Lunatic asylums Bombay report 1891-1903 - 1891-1903
Year: 1891
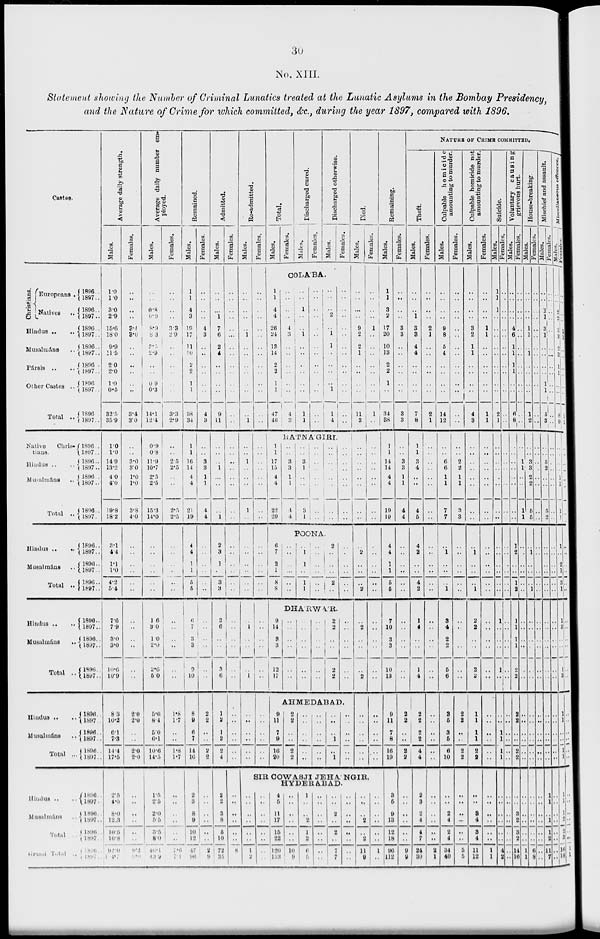
30
No. XIII.
Statement showing the Number of Criminal Lunatics treated at the Lunatic Asylums in the Bombay Presidency,
and the Nature of Crime for which committed, &c., during the year 1897, compared with 1896.
Castes.
Christians.
Europeans ..
Natives ..
Hindus ...
..
Musalmáns ..
Pársis .. ..
Other Castes ..
Total ..
Native
Chris-
tians.
Hindus .. ..
Muslmáns ..
Total ..
Hindus .. ..
Musalmáns ..
Total ..
Hindus .. ..
Musalmáns ..
Total ..
Hindus .. ..
Musalmáns ..
Total ...
Hindus .. ..
Musalmáns ..
Total ..
Grand
Total
..
1896 ..
1897 ..
1896 ..
1897 ..
1896 ..
1897 ..
1896 ..
1897 ..
1896 ..
1897 ..
1896 ..
1897 ..
1896 ..
1897 ..
1896 ..
1897 ..
1896 ..
1897 ..
1896 ..
1897 ..
1896 ..
1897 ..
1896 ..
1897 ..
1896 ..
1897 ..
1896 ..
1897 ..
1896 ..
1897 ..
1896 ..
1897 ..
1896 ..
1897 ..
1896 ..
1897 ..
1896 ..
1897 ..
1896 ..
1897 ..
1896 ..
1897 ..
1896 ..
1897 ..
1896 ..
1897 ..
1896 ..
1897 ..
Average daily strength.
Males.
1.0
1.0
3.0
2.9
15.6
18.0
9.9
11.5
2.0
2.0
1.0
0.5
32.5
35.9
1.0
1.0
14.9
13.2
4.0
4.0
19.8
18.2
3.1
4.4
1.1
1.0
4.2
5.4
7.6
7.9
3.0
3.0
10.6
10.9
8.3
10.2
6.1
7.3
14.4
17.5
2.5
4.5
8.0
12.3
10.5
16.8
92.0
104.7
Females.
..
..
..
..
3.4
3.0
..
..
..
..
..
..
3.4
3.0
..
..
3.0
3.0
1.0
1.0
3.8
4.0
..
..
..
..
..
..
..
..
..
..
..
..
2.0
2.0
..
..
2.0
2.0
..
..
..
..
..
..
9.2
9.0
Average daily number em-
ployed.
Males.
..
..
0.8
0.9
8.9
8.3
3.5
2.9
..
..
0.9
0.3
14.1
12.4
0.9
0.8
11.9
10.7
2.5
2.5
15.3
14.0
..
..
..
..
..
..
1.6
3.0
1.0
2.0
2.6
5.0
5.6
8.4
5.0
6.1
10.6
14.5
1.5
2.5
2.0
5.5
3.5
8.0
46.1
43.9
Females.
..
..
..
..
3.3
2.9
..
..
..
..
..
..
3.3
2.9
..
..
2.5
2.5
..
..
2.5
2.5
..
..
..
..
..
..
..
..
..
..
..
..
1.8
1.7
..
..
1.8
1.7
..
..
..
..
..
..
7.6
7.1
Remained.
Males.
1
1
4
3
19
17
11
10
2
2
1
1
38
34
1
1
16
14
4
4
21
19
4
4
1
1
5
5
6
7
3
3
9
10
8
9
6
7
14
16
2
3
8
9
10
12
47
96
Females.
..
..
..
..
4
3
..
..
..
..
..
..
4
3
..
..
3
3
1
1
4
4
..
..
..
..
..
..
..
..
..
..
..
..
2
2
..
..
2
2
..
..
..
..
..
..
2
9
Admitted.
Males.
..
..
..
1
7
6
2
4
..
..
..
..
9
11
..
..
..
1
..
..
..
1
2
3
1
..
3
3
3
6
..
..
3
6
1
2
1
2
2
4
2
2
3
8
5
10
72
35
Females.
..
..
..
..
..
..
..
..
..
..
..
..
..
..
..
..
..
..
..
..
..
..
..
..
..
..
..
..
..
..
..
..
..
..
..
..
..
..
..
..
..
..
..
..
..
..
8
..
Re-admitted.
Males.
..
..
..
..
..
1
..
..
..
..
..
..
..
1
..
..
1
..
..
..
1
..
..
..
..
..
..
..
..
1
..
..
..
1
..
..
..
..
..
..
Females.
..
..
..
..
..
..
..
..
..
..
..
..
..
..
..
..
..
..
..
..
..
..
..
..
..
..
..
..
..
..
..
..
..
..
..
..
..
..
..
..
Total.
Males.
Females.
Discharged cured.
Males.
Females.
Discharged otherwise.
Males.
Females.
COLA'BA.
1
1
4
4
26
24
13
14
2
2
1
1
47
40
..
..
..
..
4
3
..
..
..
..
..
..
4
3
..
..
1
..
..
1
..
..
..
..
..
..
1
1
..
..
..
..
..
..
..
..
..
..
..
..
..
..
..
..
..
2
..
1
1
..
..
..
..
1
1
4
..
..
..
..
..
..
..
..
..
..
..
..
..
..
RATNA'GIRI.
1
1
17
15
4
4
22
20
..
..
3
3
1
1
4
4
..
..
3
1
..
..
3
1
..
..
..
..
..
..
..
..
..
..
..
..
..
..
..
..
..
..
..
..
..
..
..
..
POONA.
6
7
2
1
8
8
..
..
..
..
..
..
..
1
1
..
1
1
..
..
..
..
..
..
2
..
..
..
2
..
..
..
..
..
..
..
DHA'RWA'R.
9
14
3
3
12
17
..
..
..
..
..
..
..
..
..
..
..
..
..
..
..
..
..
..
2
2
..
..
2
2
..
..
..
..
..
..
AHMEDABAD.
9
11
7
9
16
20
2
2
..
..
2
..
..
..
..
..
..
..
..
..
..
..
..
..
..
..
..
1
..
1
..
..
..
..
..
..
Died.
Males.
..
..
..
..
9
2
2
1
..
..
..
..
11
3
..
..
..
..
..
..
..
..
..
2
..
..
..
2
..
2
..
..
..
2
..
..
..
..
..
..
Females.
..
..
..
..
1
..
..
..
..
..
..
..
1
..
..
..
..
..
..
..
..
..
..
..
..
..
..
..
..
..
..
..
..
..
..
..
..
..
..
..
SIR COWASJI JEHA'NGIR,
HYDERABAD.
..
..
..
..
..
..
1
2
..
..
..
..
..
..
..
..
4
5
11
17
15
22
120
133
1
..
..
..
..
..
10
9
1
..
..
2
1
2
6
5
..
..
..
..
..
..
..
..
..
..
2
..
2
..
7
7
..
..
..
..
..
..
..
..
..
..
..
2
..
2
11
9
..
..
..
..
..
..
1
..
Remaining.
Males.
1
1
3
2
17
20
10
13
2
2
1
..
34
38
1
1
14
14
4
4
19
19
4
4
1
1
5
6
7
10
3
3
10
13
9
11
7
8
16
19
3
5
9
13
12
18
96
112
Females.
..
..
..
..
3
3
..
..
..
..
..
..
3
3
..
..
3
3
1
1
4
4
..
..
..
..
..
..
..
..
..
..
..
..
2
2
..
..
2
2
..
..
..
..
..
9
9
NATURE OF CRIME COMMITTED.
Theft.
Males.
..
..
..
1
3
3
4
4
..
..
..
..
7
8
1
1
3
4
..
..
4
5
4
2
..
..
4
2
1
4
..
..
1
4
2
2
2
2
4
4
2
3
2
4
4
7
24
30
Females.
..
..
..
..
2
1
..
..
..
..
..
..
2
1
..
..
..
..
..
..
..
..
..
..
..
..
..
..
..
..
..
..
..
..
..
..
..
..
..
..
..
..
..
..
..
..
2
1
Culpable homicide
amounting to murder.
Males.
..
..
..
..
9
8
5
4
..
..
..
..
14
12
..
..
6
6
1
1
7
7
..
1
..
..
..
1
3
4
2
2
5
6
3
5
3
5
6
10
..
..
2
4
2
4
34
40
Females.
..
..
..
..
..
..
..
..
..
..
..
..
..
..
..
..
2
2
1
1
3
3
..
..
..
..
..
..
..
..
..
..
..
..
2
2
..
..
2
2
..
..
..
..
..
..
5
5
Culpable homicide not
amounting to murder.
Males.
..
..
..
..
3
2
1
1
..
..
..
..
4
3
..
..
..
..
..
..
..
..
..
1
..
..
..
1
2
2
..
..
2
2
1
1
1
1
2
2
..
..
3
4
3
4
11
12
Females.
..
..
..
..
1
1
..
..
..
..
..
..
1
1
..
..
..
..
..
..
..
..
..
..
..
..
..
..
..
..
..
..
..
..
..
..
..
..
..
..
..
..
..
..
..
..
1
1
Suicide.
Males.
1
1
1
..
..
..
..
..
..
..
..
..
2
1
..
..
..
..
..
..
..
..
..
..
..
..
..
..
1
..
..
..
..
..
..
..
..
..
1
1
..
..
..
..
..
..
4
2
Females.
..
..
..
..
..
..
..
..
..
..
..
..
..
..
..
..
..
..
..
..
..
..
..
..
..
..
..
..
..
..
..
..
..
..
..
..
..
..
..
..
..
..
..
..
..
..
..
..
Voluntary causing
grievous hurt.
Males.
..
..
..
..
4
6
1
1
1
..
..
..
6
8
..
..
..
..
..
..
..
..
1
2
..
..
1
2
1
1
1
1
2
2
..
..
..
..
2
2
..
..
3
2
3
2
14
16
Females.
..
..
..
..
..
..
..
..
..
..
..
..
..
..
..
..
1
1
..
..
1
1
..
..
..
..
..
..
..
..
..
..
..
..
..
..
..
..
..
..
..
..
..
..
..
..
1
1
House-breaking.
Males.
..
..
..
..
1
1
..
1
..
..
..
..
1
2
..
..
3
3
2
2
5
5
..
1
..
..
..
1
..
..
..
..
..
..
..
..
..
..
..
..
..
..
..
..
..
..
6
8
Females.
..
..
..
..
..
..
..
..
..
..
..
..
..
..
..
..
..
..
..
..
..
..
..
..
..
..
..
..
..
..
..
..
..
..
..
..
..
..
..
..
..
..
..
..
..
..
..
..
Mischief and assault.
Males.
..
..
1
1
3
1
..
..
..
..
1
1
5
3
..
..
5
2
..
..
5
2
..
..
..
..
..
..
..
..
..
..
..
..
..
..
..
..
..
..
1
1
..
1
1
2
11
7
Females.
..
..
..
..
..
..
..
..
..
..
..
..
..
..
..
..
..
..
..
..
..
..
..
..
..
..
..
..
..
..
..
..
..
..
..
..
..
..
..
..
..
..
..
..
..
..
..
..
Miscellaneous offences.
Males.
..
..
2
2
3
3
2
3
1
1
..
..
8
9
..
..
..
..
1
1
1
1
1
..
2
1
3
1
1
3
..
..
1
3
1
1
..
..
1
1
1
1
1
2
2
3
16
18
Females.
..
..
..
..
1
1
..
..
..
..
..
..
1
1
..
..
..
..
..
..
..
..
..
..
..
..
..
..
..
..
..
..
..
..
..
..
..
..
..
..
..
..
..
..
..
..
1
1